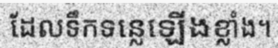
ដែលទឹកទន្លេឡើងខ្លាំង។